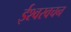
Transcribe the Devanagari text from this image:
ईश्वरवचन